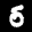
Label: 5